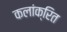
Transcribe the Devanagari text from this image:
कलांक्रित